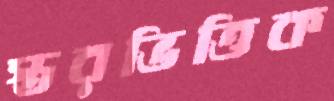
স্তরভিত্তিক